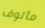
مألوف